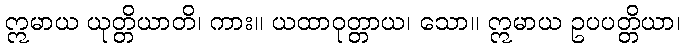
ဣမာယ ယုတ္တိယာတိ၊ ကား။ ယထာဝုတ္တာယ၊ သော။ ဣမာယ ဥပပတ္တိယာ၊